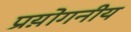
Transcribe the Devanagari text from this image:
प्रय़ोगनीय